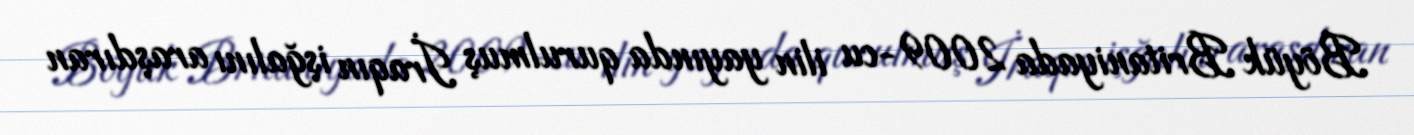
Böyük Britaniyada 2009-cu ilin yayında qurulmuş İraqın işğalını araşdıran